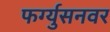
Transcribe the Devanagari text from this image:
फर्ग्युसनवर